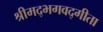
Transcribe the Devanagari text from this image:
श्रीमद्‌भगवद्गीता